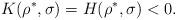
LaTeX: \begin{align*}K(\rho^*,\sigma)=H(\rho^*,\sigma)<0.\end{align*}